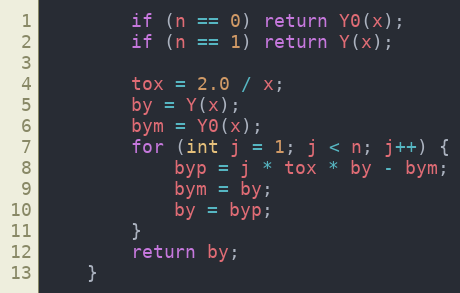
Language: Java
        if (n == 0) return Y0(x);
        if (n == 1) return Y(x);

        tox = 2.0 / x;
        by = Y(x);
        bym = Y0(x);
        for (int j = 1; j < n; j++) {
            byp = j * tox * by - bym;
            bym = by;
            by = byp;
        }
        return by;
    }